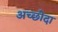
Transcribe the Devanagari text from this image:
अच्छोदा